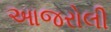
આજરોલી